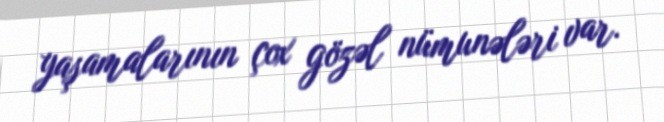
yaşamalarının çox gözəl nümunələri var.